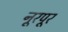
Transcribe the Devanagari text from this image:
नूरपूर